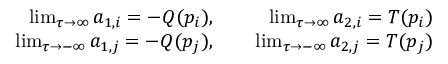
\begin{array} { r l r } { \operatorname* { l i m } _ { \tau \to \infty } a _ { 1 , i } = - Q ( p _ { i } ) , } & { } & { \, \operatorname* { l i m } _ { \tau \to \infty } a _ { 2 , i } = T ( p _ { i } ) } \\ { \operatorname* { l i m } _ { \tau \to - \infty } a _ { 1 , j } = - Q ( p _ { j } ) , } & { } & { \, \operatorname* { l i m } _ { \tau \to - \infty } a _ { 2 , j } = T ( p _ { j } ) } \end{array}